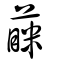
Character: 蔝